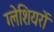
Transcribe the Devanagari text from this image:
ग्‍लेशियरों